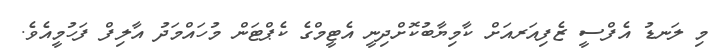
މި ލަނޑު އެފްސީ ޒެފިއަރއަށް ކާމިޔާބުކޮށްދިނީ އެޓީމްގެ ކެޕްޓަން މުހައްމަދު އާލިފް ފަހުމީއެވެ.